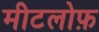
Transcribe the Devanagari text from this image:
मीटलोफ़